Lunatic asylums Punjab 1911-1921 - 1911-1921
Year: 1911
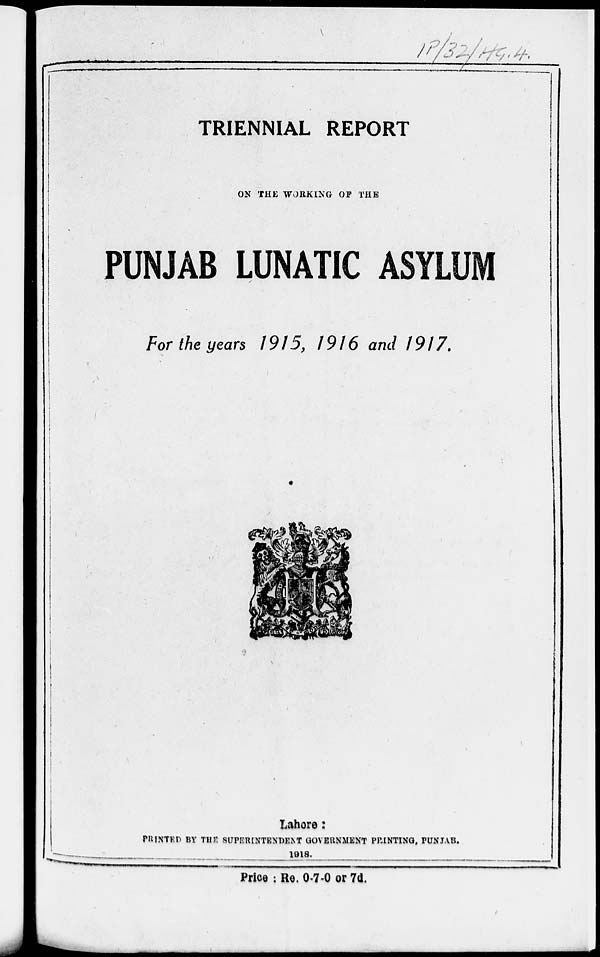
TRIENNIAL REPORT
ON THE WORKING OF THE
PUNJAB LUNATIC ASYLUM
For the years 1915, 1916 and 1917.
Lahore:
PRINTED BY THE SUPERINTENDENT GOVERNMENT PRINTING, PUNJAB.
1918.
Price : Re. 0-7-0 or 7d.